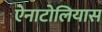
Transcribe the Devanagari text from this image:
ऐनाटोलियास